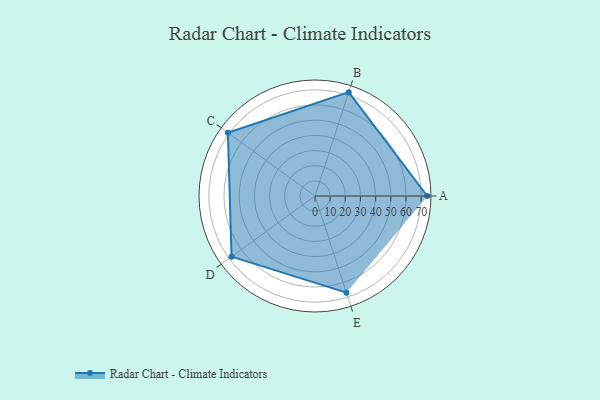
{"axis": {"x": "Skill", "y": "Score"}, "legend": ["Profile"], "data": [{"x": "A", "y": 74.0, "type": "Profile"}, {"x": "B", "y": 72.0, "type": "Profile"}, {"x": "C", "y": 71.0, "type": "Profile"}, {"x": "D", "y": 68.0, "type": "Profile"}, {"x": "E", "y": 67.0, "type": "Profile"}]}